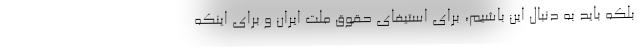
بلکه باید به دنبال این باشیم، برای استیفای حقوق ملت ایران و برای اینکه